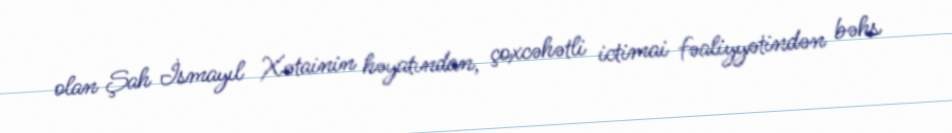
olan Şah İsmayıl Xətainin həyatından, çoxcəhətli ictimai fəaliyyətindən bəhs